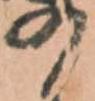
の